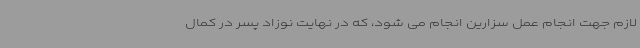
لازم جهت انجام عمل سزارین انجام می شود، که در نهایت نوزاد پسر در کمال